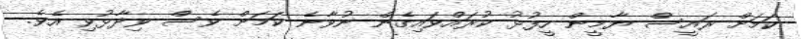
ކަމަށް ރައީސް ޔާމީން ހީފުޅު ކުރައްވައިގެން ނުވާނެ ކަމަށް ވެސް ވިދާޅުވި އެވެ.